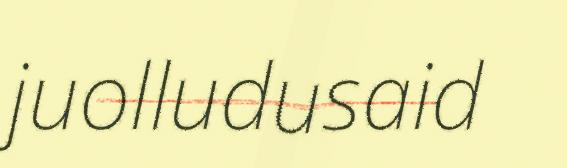
juolludusaid